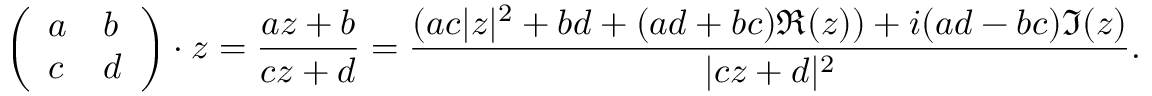
{ \left( \begin{array} { l l } { a } & { b } \\ { c } & { d } \end{array} \right) } \cdot z = { \frac { a z + b } { c z + d } } = { \frac { ( a c | z | ^ { 2 } + b d + ( a d + b c ) \Re ( z ) ) + i ( a d - b c ) \Im ( z ) } { | c z + d | ^ { 2 } } } .